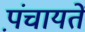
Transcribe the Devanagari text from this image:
प़ंचायतें